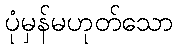
ပုံမှန်မဟုတ်သော